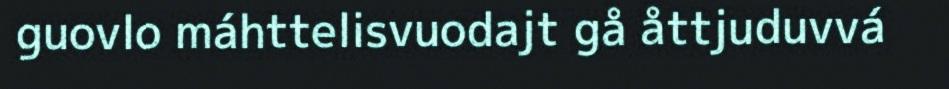
guovlo máhttelisvuodajt gå åttjuduvvá